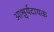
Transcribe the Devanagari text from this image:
आश्चर्यदायक